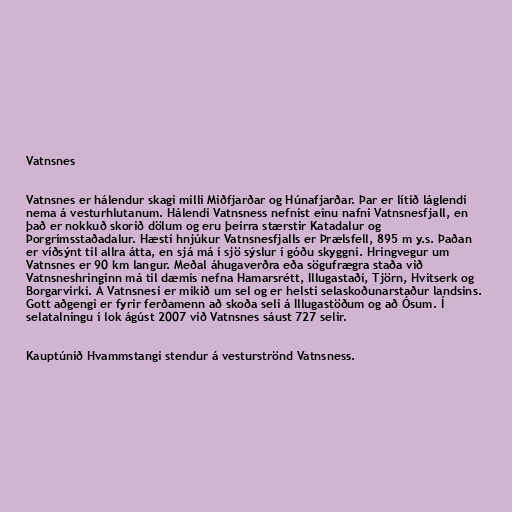
Vatnsnes

Vatnsnes er hálendur skagi milli Miðfjarðar og Húnafjarðar. Þar er lítið láglendi
nema á vesturhlutanum. Hálendi Vatnsness nefnist einu nafni Vatnsnesfjall, en
það er nokkuð skorið dölum og eru þeirra stærstir Katadalur og
Þorgrímsstaðadalur. Hæsti hnjúkur Vatnsnesfjalls er Þrælsfell, 895 m y.s. Þaðan
er víðsýnt til allra átta, en sjá má í sjö sýslur í góðu skyggni. Hringvegur um
Vatnsnes er 90 km langur. Meðal áhugaverðra eða sögufrægra staða við
Vatnsneshringinn má til dæmis nefna Hamarsrétt, Illugastaði, Tjörn, Hvítserk og
Borgarvirki. Á Vatnsnesi er mikið um sel og er helsti selaskoðunarstaður landsins.
Gott aðgengi er fyrir ferðamenn að skoða seli á Illugastöðum og að Ósum. Í
selatalningu í lok ágúst 2007 við Vatnsnes sáust 727 selir.

Kauptúnið Hvammstangi stendur á vesturströnd Vatnsness.